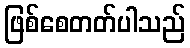
ဖြစ်စေတတ်ပါသည်